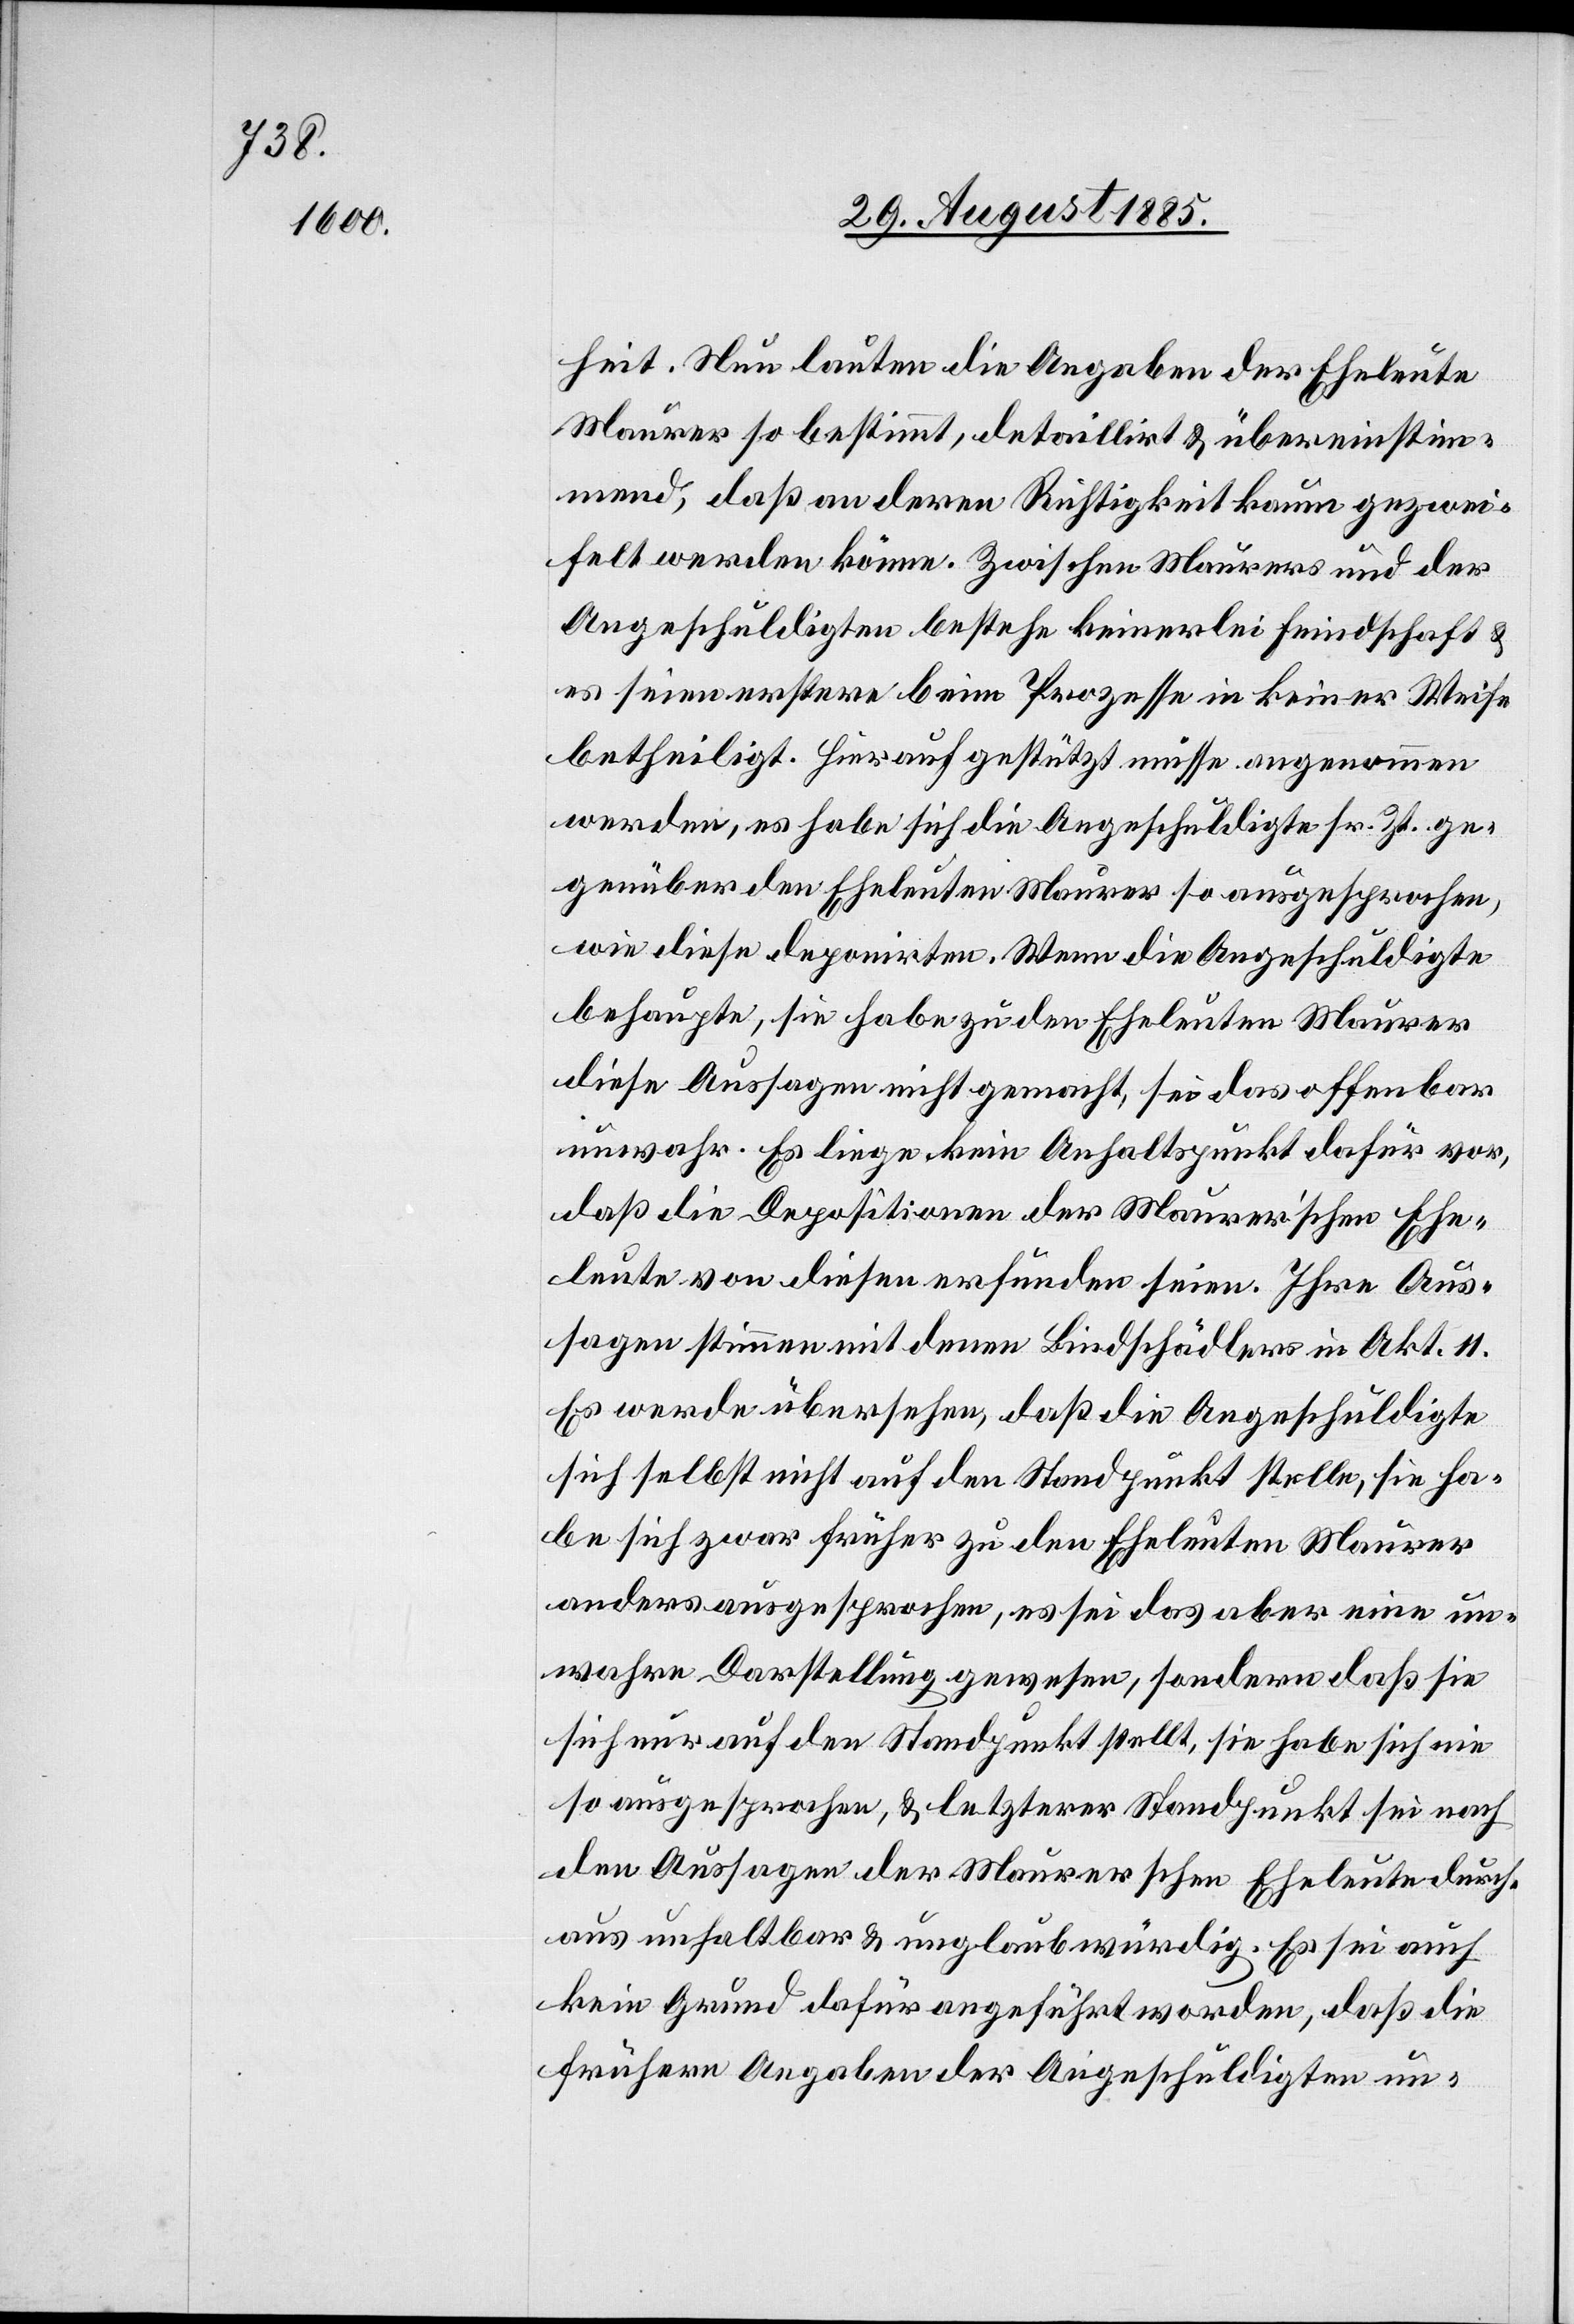
heit. Neu lauten die Angaben der Eheleute
Maurer so bestimmt, detaillirt & übereinstim¬
mend, daß an deren Richtigkeit kaum gezwei¬
felt werden könne. Zwischen Maurers und der
Angeschuldigten bestehe keinerlei Feindschaft &
es seien erstere beim Prozesse in keiner Weise
betheiligt. Hierauf gestützt müsse angenommen
werden, es habe sich die Angeschuldigte sr. Zt. ge¬
genüber den Eheleuten Maurer so ausgesprochen,
wie diese deponirten. Wenn die Angeschuldigte
behaupte, sie habe zu den Eheleuten Maurer
diese Aussagen nicht gemacht, sei das offenbar
unwahr. Es liege kein Anhaltspunkt dafür vor,
daß die Depositionen der Maurer’schen Ehe¬
leute von diesen erfunden seien. Ihre Aus¬
sagen stimmen mit denen Bindschädlers in Akt. 11.
Es werde übersehen, daß die Angeschuldigte
sich selbst nicht auf den Standpunkt stelle, sie ha¬
be sich zwar früher zu den Eheleuten Maurer
anders ausgesprochen, es sei das aber eine un¬
wahre Darstellung gewesen, sondern daß sie
sich nur auf den Standpunkt stellt, sie habe sich nie
so ausgesprochen, & letzterer Standpunkt sei nach
den Aussagen der Maurerschen Eheleute durch¬
aus unhaltbar & unglaubwürdig. Es sei auch
kein Grund dafür angeführt worden, daß die
frühern Angaben der Angeschuldigten un-